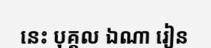
នេះ បុគ្គល ឯណា រៀន